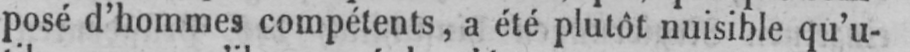
posé d’hommes compétents, a été plutôt nuisible qu’u-